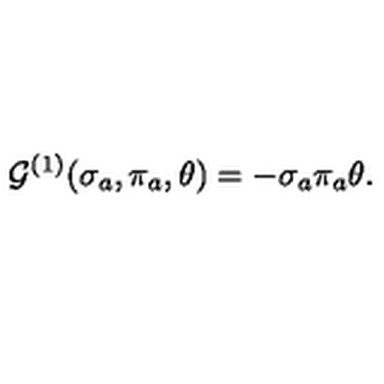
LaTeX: { \cal G } ^ { ( 1 ) } ( \sigma _ { a } , \pi _ { a } , \theta ) = - \sigma _ { a } \pi _ { a } \theta .